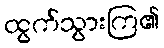
ထွက်သွားကြ၏